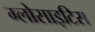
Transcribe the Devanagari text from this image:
ग्लोसाइटिस